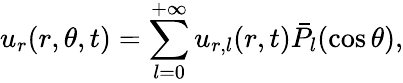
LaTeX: u_{r}(r,\theta,t)=\sum_{l=0}^{+\infty}u_{r,l}(r,t)\bar{P}_{l}(\cos\theta),